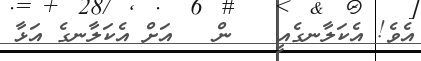
އެވެ! އެކަލާނގެއީ   ން   އަށް އެކަލާނގެ އަޅާ